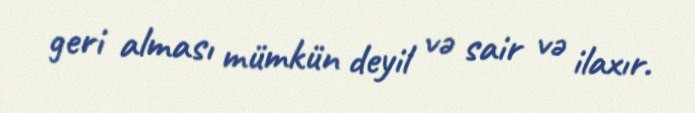
geri alması mümkün deyil və sair və ilaxır.